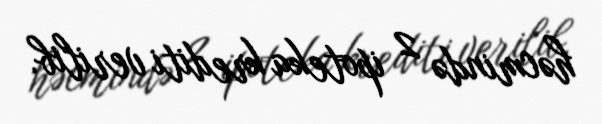
həcmində 2 ipoteka krediti verilib.